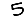
Digit: 5